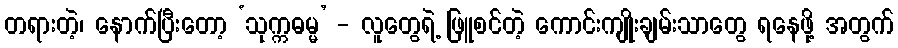
တရားတဲ့၊ နောက်ပြီးတော့ ‘သုက္ကဓမ္မ’ - လူတွေရဲ့ ဖြူစင်တဲ့ ကောင်းကျိုးချမ်းသာတွေ ရနေဖို့ အတွက်